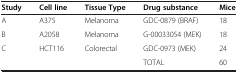
| Study | Cell line | Tissue Type | Drug substance | Mice |
 | --- | --- | --- | --- | --- |
 | A | A375 | Melanoma | GDC-0879 (BRAF) | 18 |
 | B | A2058 | Melanoma | G-00033054 (MEK) | 18 |
 | C | HCT116 | Colorectal | GDC-0973 (MEK) | 24 |
 |  |  |  | TOTAL | 60 |